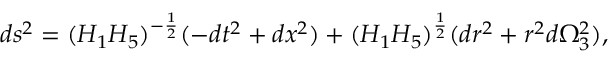
d s ^ { 2 } = ( H _ { 1 } H _ { 5 } ) ^ { - \frac { 1 } { 2 } } ( - d t ^ { 2 } + d x ^ { 2 } ) + ( H _ { 1 } H _ { 5 } ) ^ { \frac { 1 } { 2 } } ( d r ^ { 2 } + r ^ { 2 } d \Omega _ { 3 } ^ { 2 } ) ,